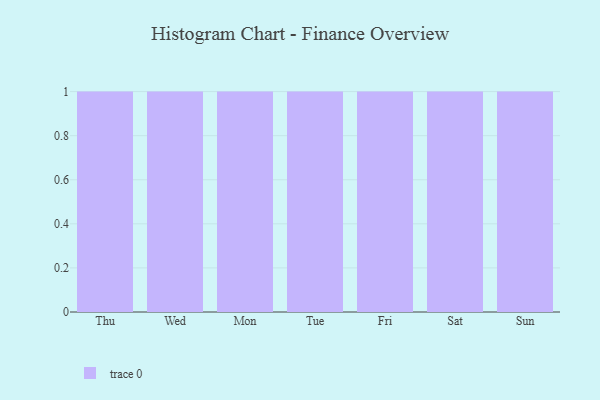
{"axis": {"x": "Day", "y": "Energy Usage (MWh)"}, "legend": [""], "data": [{"x": "Thu", "y": 32, "type": ""}, {"x": "Wed", "y": 17, "type": ""}, {"x": "Mon", "y": 76, "type": ""}, {"x": "Tue", "y": 44, "type": ""}, {"x": "Fri", "y": 81, "type": ""}, {"x": "Sat", "y": 76, "type": ""}, {"x": "Sun", "y": 8, "type": ""}]}